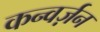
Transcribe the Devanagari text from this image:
कन्वर्ज़न